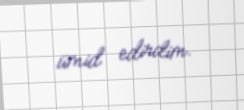
ümid edirdim.